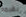
بقيمة